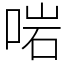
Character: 啱